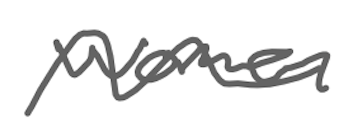
Text: women
Cross-out: mix
Writing tool: digital_gray